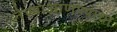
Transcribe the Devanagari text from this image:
नेण्याआणण्याचा